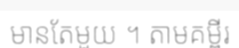
មានតែមួយ ។ តាមគម្ពីរ